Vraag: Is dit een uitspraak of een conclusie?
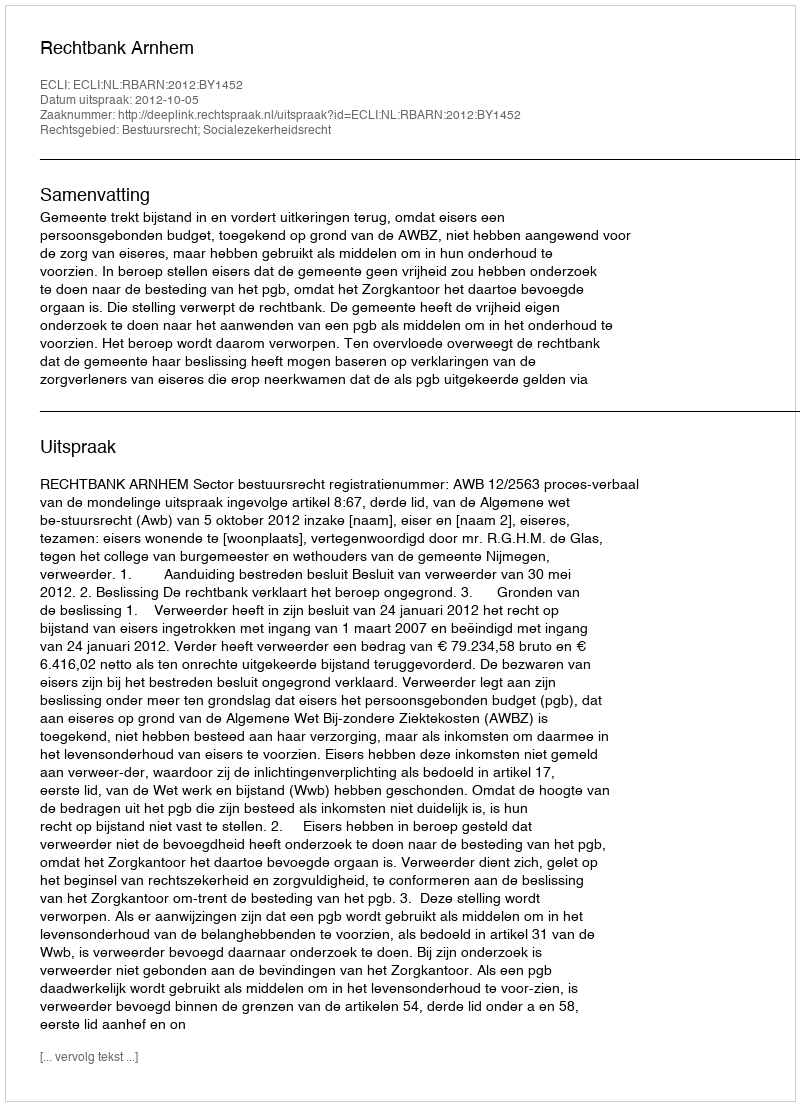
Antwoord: Uitspraak